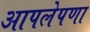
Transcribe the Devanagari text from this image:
आपलेपणा